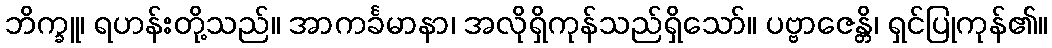
ဘိက္ခူ၊ ရဟန်းတို့သည်။ အာကင်္ခမာနာ၊ အလိုရှိကုန်သည်ရှိသော်။ ပဗ္ဗာဇေန္တိ၊ ရှင်ပြုကုန်၏။